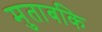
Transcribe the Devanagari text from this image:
मुताबकि